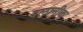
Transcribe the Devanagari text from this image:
बलानीक